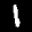
Label: 1